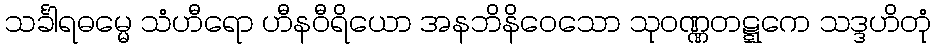
သင်္ခါရဓမ္မေ သံဟီရော ဟီနဝီရိယော အနဘိနိဝေသော သုဝဏ္ဏတဋ္ဋကေ သဒ္ဒဟိတုံ